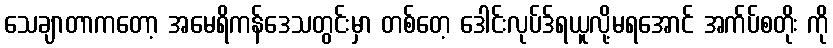
သေချာတာကတော့ အမေရိကန်ဒေသတွင်းမှာ တစ်တေ့ ဒေါင်းလုပ်ဒ်ရယူလို့မရအောင် အက်ပ်စတိုး ကို